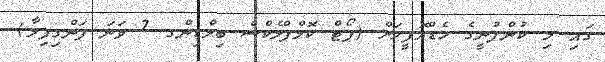
ގައި މި ކުންފުނީގެ ހެޑްއޮފީހަށް (ޕޯޓް ކޮމްޕްލެކްސް ބިލްޑިންގ 7 ވަނަ ފަންގިފިލާ)